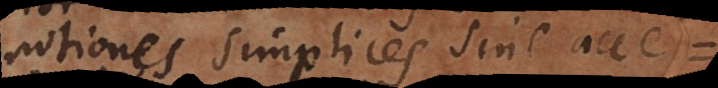
notiones simplices sine acce